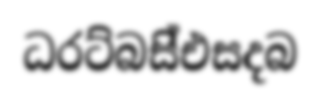
ධරට්බසි්එසදබ